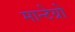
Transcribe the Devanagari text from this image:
मान्टेग्रो